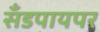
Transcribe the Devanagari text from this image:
सँडपायपर